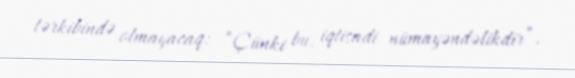
tərkibində olmayacaq: “Çünki bu, iqtisadi nümayəndəlikdir”.